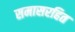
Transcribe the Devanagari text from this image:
समासरहित